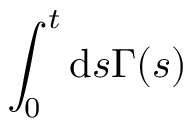
\int _ { 0 } ^ { t } \mathrm { d } s \Gamma ( s )